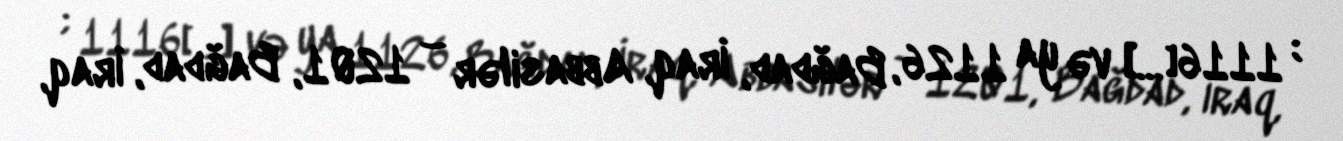
ابن الجوزي; 1116[…] və ya 1126, Bağdad, İraq, Abbasilər – 1201, Bağdad, İraq,